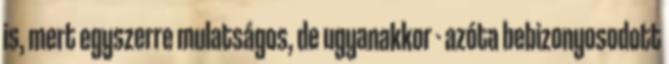
is, mert egyszerre mulatságos, de ugyanakkor - azóta bebizonyosodott